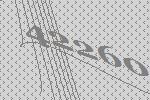
42260